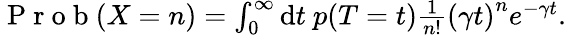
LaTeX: \begin{array}{r}{\mathrm{~P~r~o~b~}(X=n)=\int_{0}^{\infty}\mathrm{d}t\ p(T=t)\frac{1}{n!}\left(\gamma t\right)^{n}e^{-\gamma t}.}\end{array}